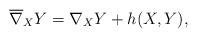
LaTeX: \begin{align*}\overline \nabla _XY=\nabla _XY+h(X,Y) ,\end{align*}